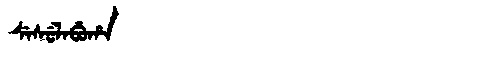
Manchu: ᠰᡝᠰᡠᠯᠠᠪᡠᡥᠠ
Romanization: SESULABUHA